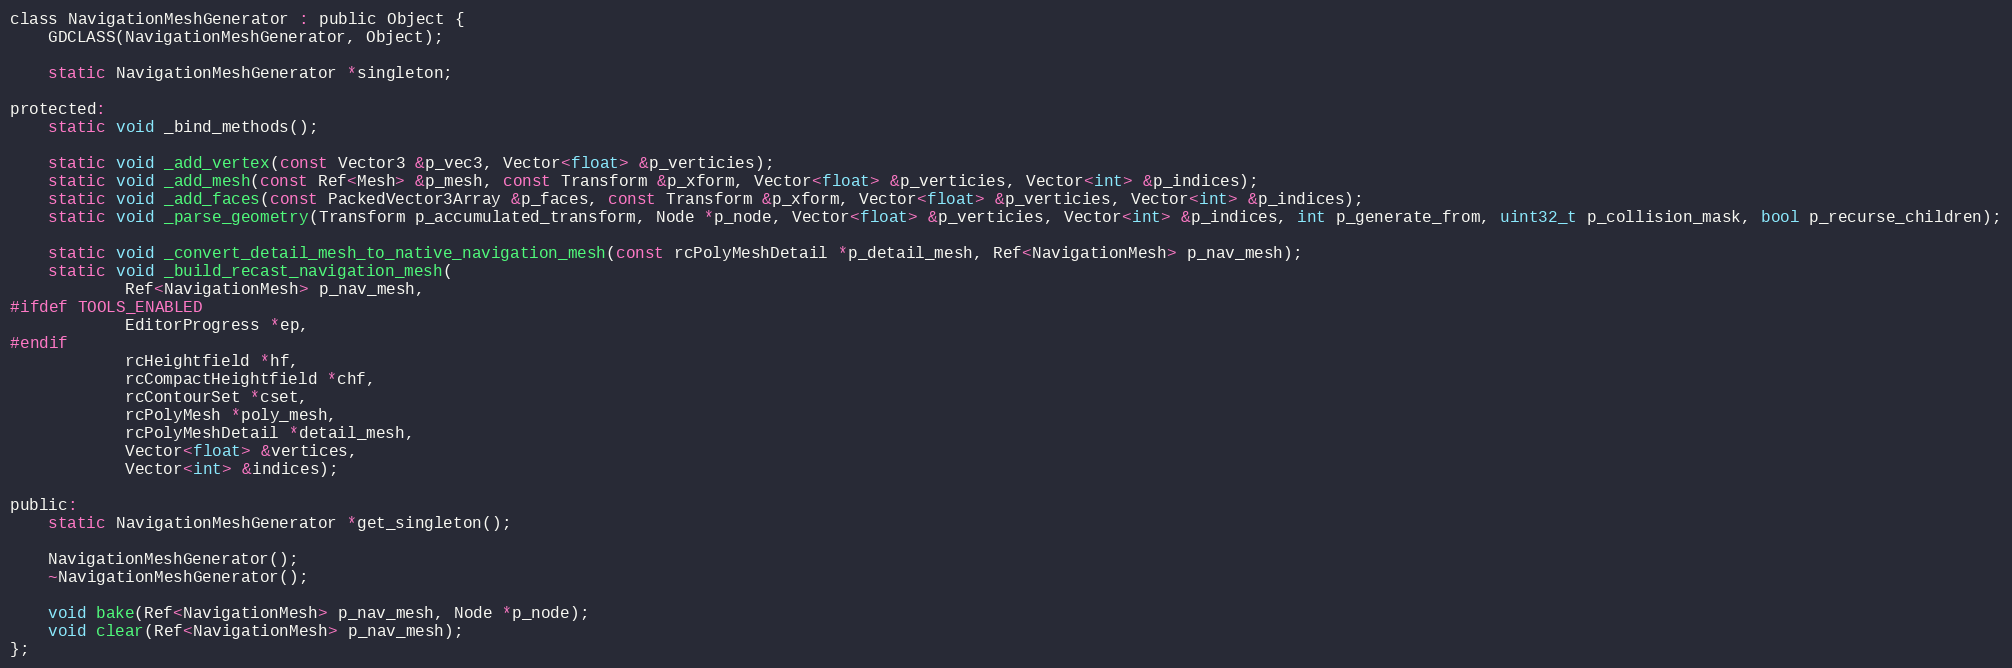
Language: C
class NavigationMeshGenerator : public Object {
	GDCLASS(NavigationMeshGenerator, Object);

	static NavigationMeshGenerator *singleton;

protected:
	static void _bind_methods();

	static void _add_vertex(const Vector3 &p_vec3, Vector<float> &p_verticies);
	static void _add_mesh(const Ref<Mesh> &p_mesh, const Transform &p_xform, Vector<float> &p_verticies, Vector<int> &p_indices);
	static void _add_faces(const PackedVector3Array &p_faces, const Transform &p_xform, Vector<float> &p_verticies, Vector<int> &p_indices);
	static void _parse_geometry(Transform p_accumulated_transform, Node *p_node, Vector<float> &p_verticies, Vector<int> &p_indices, int p_generate_from, uint32_t p_collision_mask, bool p_recurse_children);

	static void _convert_detail_mesh_to_native_navigation_mesh(const rcPolyMeshDetail *p_detail_mesh, Ref<NavigationMesh> p_nav_mesh);
	static void _build_recast_navigation_mesh(
			Ref<NavigationMesh> p_nav_mesh,
#ifdef TOOLS_ENABLED
			EditorProgress *ep,
#endif
			rcHeightfield *hf,
			rcCompactHeightfield *chf,
			rcContourSet *cset,
			rcPolyMesh *poly_mesh,
			rcPolyMeshDetail *detail_mesh,
			Vector<float> &vertices,
			Vector<int> &indices);

public:
	static NavigationMeshGenerator *get_singleton();

	NavigationMeshGenerator();
	~NavigationMeshGenerator();

	void bake(Ref<NavigationMesh> p_nav_mesh, Node *p_node);
	void clear(Ref<NavigationMesh> p_nav_mesh);
};